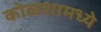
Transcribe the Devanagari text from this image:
कोळशामध्ये